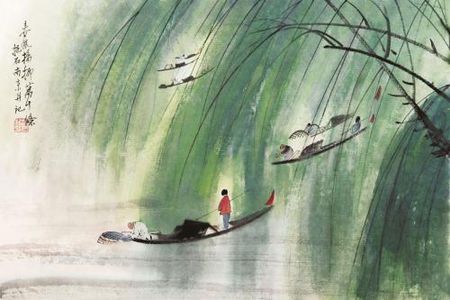
春风依旧。著意随堤柳。